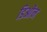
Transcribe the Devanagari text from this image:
डिओंन